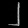
Digit: ၂